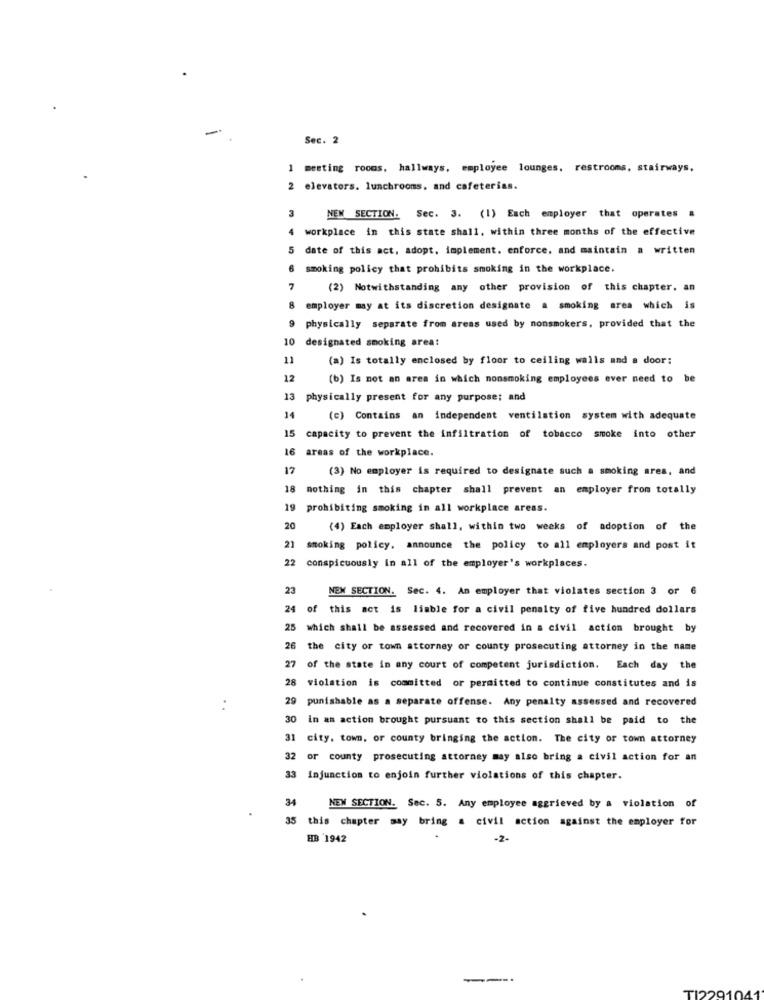
Sec. 2
1 meeting rooms. hallways, employee lounges, restrooms, stairways.
elevators. lunchrooms, and cafeterias.
3
NEW SECTION. Sec. 3. (1) Each employer that operates .
workplace in this state shall, within three months of the effective
5 date of this act, adopt, implement. enforce, and maintain a written
smoking policy that prohibits smoking in the workplace.
7
(2) Notwithstanding any other provision of this chapter. an
8 employer may at its discretion designate a smoking area which is
physically separate from areas used by nonsmokers, provided that the
10 designated smoking area:
11
(a) Is totally enclosed by floor to ceiling walls and a door:
12
(b) Is not an area in which nonsmoking employees ever need to be
13 physically present for any purpose; and
14
(c) Contains an independent ventilation system with adequate
15
capacity to prevent the infiltration of tobacco smoke into other
16
areas of the workplace.
17
(3) No employer is required to designate such a smoking ares, and
18
nothing in this chapter shall prevent an employer from totally
19
prohibiting smoking in all workplace areas.
20
(4) Each employer shall, within two weeks of adoption of the
21
smoking policy. announce the policy to all employers and post it
22
conspicuously in all of the employer's workplaces.
23
NEW SECTION. Sec. 4. An employer that violates section 3 or
24 of this act is liable for a civil penalty of five hundred dollars
25
which shall be assessed and recovered in a civil action brought by
26
the city or town attorney or county prosecuting attorney in the name
27
of the state in any court of competent jurisdiction. Each day the
28
violation is committed or permitted to continue constitutes and is
29
punishable as a separate offense. Any penalty assessed and recovered
..
30 in an action brought pursuant to this section shall be paid to the
31 city. town, or county bringing the action. The city or town attorney
32 or county prosecuting attorney may also bring a civil action for an
33 injunction to enjoin further violations of this chapter.
34
NEW SECTION. Sec. 5. Any employee aggrieved by a violation of
35 this chapter say bring a civil action against the employer for
HB 1942
-2-
-=
1220